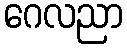
ဂေလညာ